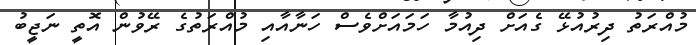
މުއްރަތު ދިރުއުޅޭ ގެއަށް ދިއުމާ ހަމައަށްވެސް ހަނާއާއި މުއްރަތުގެ ރޭވުން އޮތީ ނަޖީބު